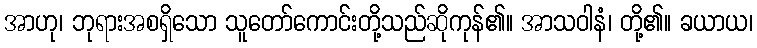
အာဟု၊ ဘုရားအစရှိသော သူတော်ကောင်းတို့သည်ဆိုကုန်၏။ အာသဝါနံ၊ တို့၏။ ခယာယ၊